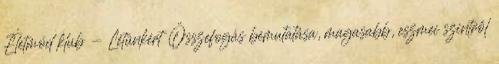
Életmód klub - Létünkért Összefogás bemutatása, magasabb, eszmei szintről